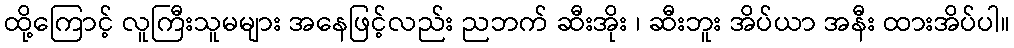
ထို့ကြောင့် လူကြီးသူမများ အနေဖြင့်လည်း ညဘက် ဆီးအိုး ၊ ဆီးဘူး အိပ်ယာ အနီး ထားအိပ်ပါ။